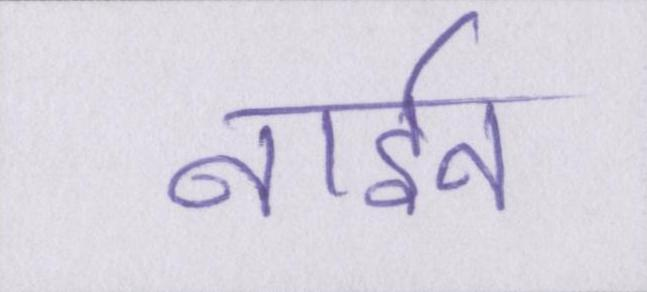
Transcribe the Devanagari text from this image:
नाईन